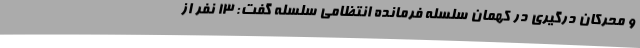
و محرکان درگیری در کهمان سلسله فرمانده انتظامی سلسله گفت: ۱۳ نفر از